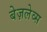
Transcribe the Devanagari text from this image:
बेज़लेव्स